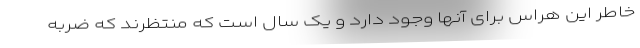
خاطر این هراس برای آنها وجود دارد و یک سال است که منتظرند که ضربه